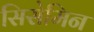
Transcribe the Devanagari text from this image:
सिसेमिन